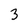
Character: 3